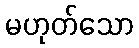
မဟုတ်သော